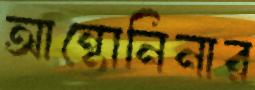
আন্তোনিনার